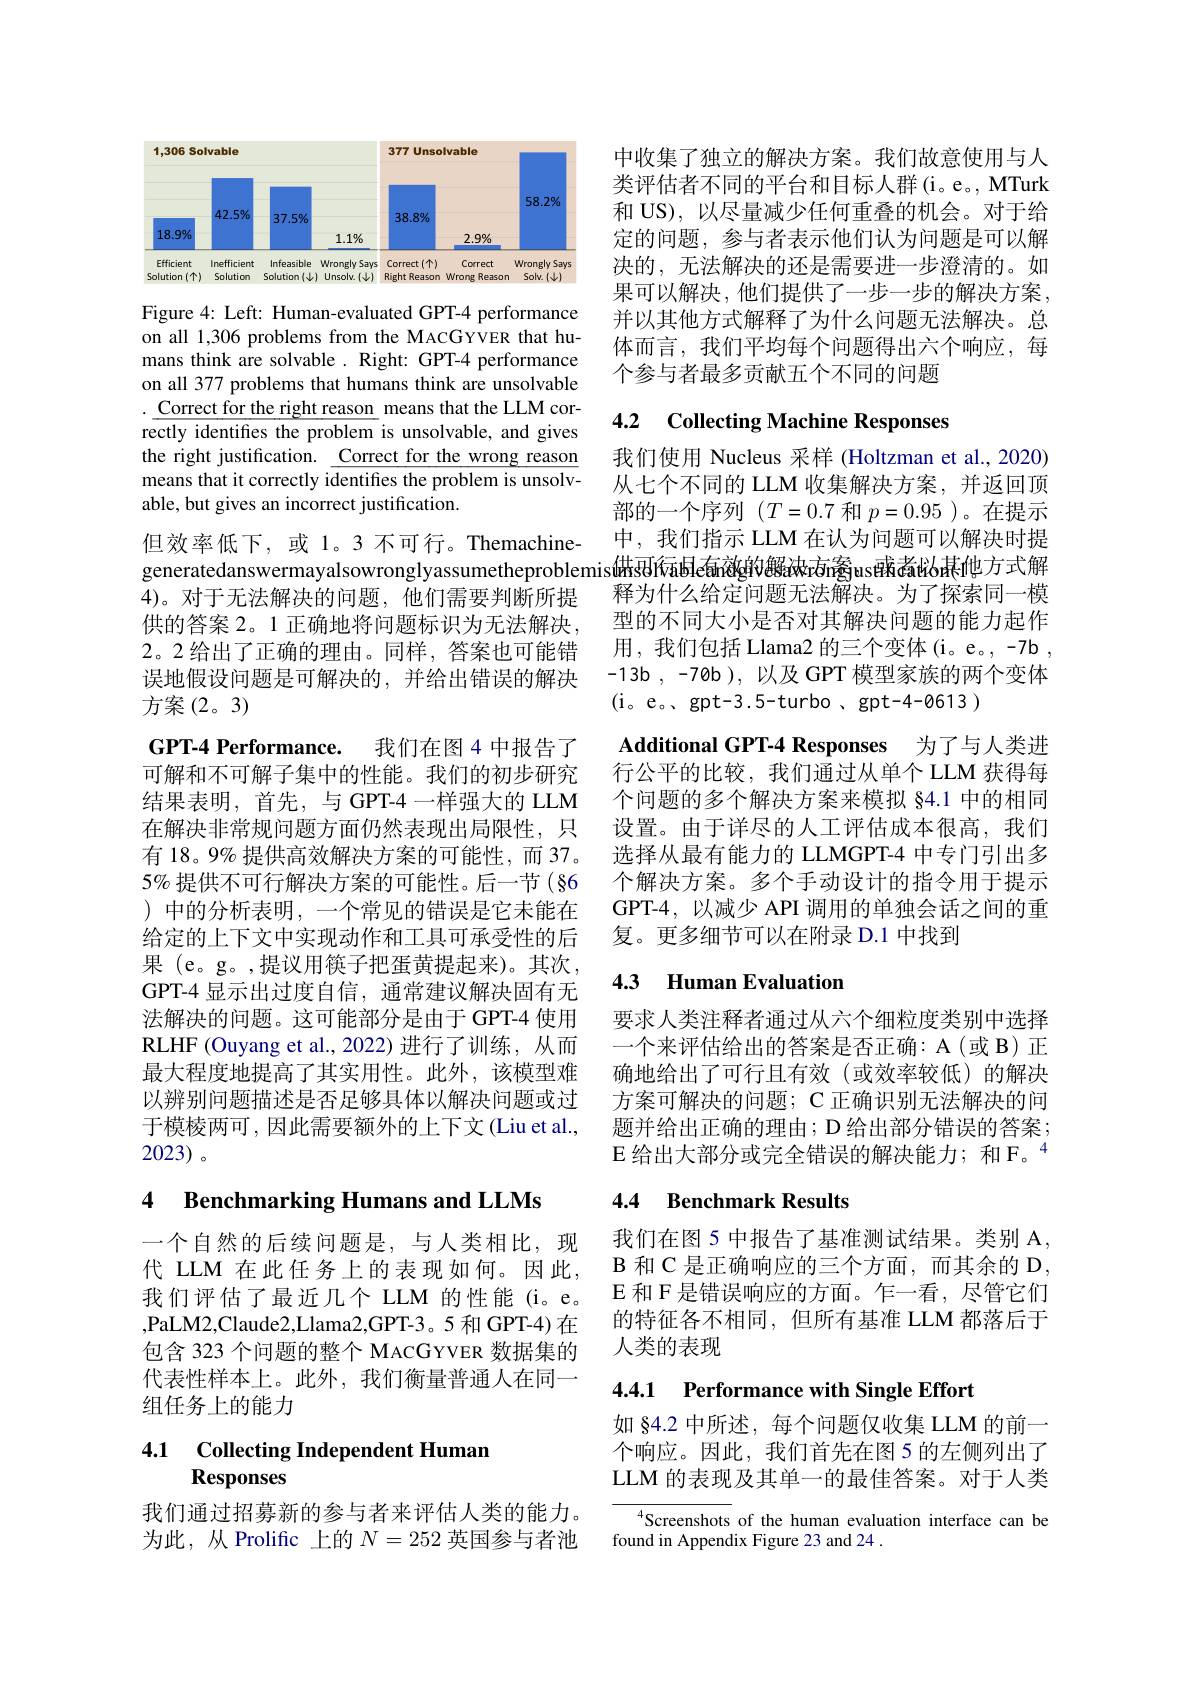
<FigureHere>

Figure 4: Left: Human-evaluated GPT-4 performance on all 1,306 problems from the MACGYVER that humans think are solvable. Right: GPT-4 performance on all 377 problems that humans think are unsolvable $.\underline{\text{Correct for the right reason }}$means that the LLM correctly identifies the problem is unsolvable, and gives the right justification. $\underline{\text{Correct for the wrong reason}}$ means that it correctly identifies the problem is unsolvable, but gives an incorrect justification

但效率低下，或1。3 不可行。Themachine- 4)。对于无法解决的问题，他们需要判断所提供的答案 2。1 正确地将问题标识为无法解决， 2。2 给出了正确的理由。同样，答案也可能错误地假设问题是可解决的，并给出错误的解决方案(2。3)
GPT-4 Performance. 我们在图 4 中报告了可解和不可解子集中的性能。我们的初步研究结果表明，首先，与 GPT-4 一样强大的 LLM 在解决非常规问题方面仍然表现出局限性，只有 18。9% 提供高效解决方案的可能性，而 37。$5\%$提供不可行解决方案的可能性。后一节(§6 )中的分析表明，一个常见的错误是它未能在给定的上下文中实现动作和工具可承受性的后果 (e。g。,提议用筷子把蛋黄提起来)。其次， GPT-4 显示出过度自信，通常建议解决固有无法解决的问题。这可能部分是由于 GPT-4 使用RLHF (Ouyang et al., 2022) 进行了训练，从而最大程度地提高了其实用性。此外，该模型难以辨别问题描述是否足够具体以解决问题或过于模棱两可，因此需要额外的上下文(Liu et al., 2023)。

# 4 Benchmarking Humans and LLMs

一个自然的后续问题是，与人类相比，现代 LLM 在此任务上的表现如何。因此， 我们评估了最近几个 LLM 的性能(i。e。,PaLM2,Claude2,Llama2,GPT-3。5 和 GPT-4) 在包含 323 个问题的整个 MACGYVER 数据集的代表性样本上。此外，我们衡量普通人在同一组任务上的能力

### 4.1 Collecting Independent Humar Responses

我们通过招募新的参与者来评估人类的能力。为此，从 Prolific 上的$N=252$英国参与者池

中收集了独立的解决方案。我们故意使用与人类评估者不同的平台和目标人群(i。e。, MTurk 和 US), 以尽量减少任何重叠的机会。对于给定的问题，参与者表示他们认为问题是可以解决的，无法解决的还是需要进一步澄清的。如果可以解决，他们提供了一步一步的解决方案， 并以其他方式解释了为什么问题无法解决。总体而言，我们平均每个问题得出六个响应，每个参与者最多贡献五个不同的问题

## 4.2 $\textbf{Collecting Machine Responses}$

我们使用 Nucleus 采样 (Holtzman et al., 2020) 从七个不同的 LLM 收集解决方案，并返回顶部的一个序列$(T=0.7$和$p=0.95$ )。在提示中，我们指示 LLM 在认为问题可以解决时提
generatedanswermayalsowronglyassumetheproblemis做雨低he葡液g的颶油rān쥴us眩煮悩黇他方式解
释为什么给定问题无法解决。为了探索同一模型的不同大小是否对其解决问题的能力起作用，我们包括 Llama2 的三个变体 (i。e。,-7b , $- 13b$ , $- 70b$ ), 以及 GPT 模型家族的两个变体(i。e。、gpt-3.5-turbo、gpt-4-0613)
Additional GPT-4 Responses 为了与人类进行公平的比较，我们通过从单个 LLM 获得每个问题的多个解决方案来模拟 §4.1 中的相同设置。由于详尽的人工评估成本很高，我们选择从最有能力的 LLMGPT-4 中专门引出多个解决方案。多个手动设计的指令用于提示GPT-4,以减少 API 调用的单独会话之间的重复。更多细节可以在附录 D.1 中找到

## 4.3 Human Evaluation

要求人类注释者通过从六个细粒度类别中选择一个来评估给出的答案是否正确：A(或 B) 正确地给出了可行且有效(或效率较低)的解决方案可解决的问题；C 正确识别无法解决的问题并给出正确的理由；D 给出部分错误的答案； E 给出大部分或完全错误的解决能力；和F。$^{4}$

## 4.4 Benchmark Results

我们在图 5 中报告了基准测试结果。类别 A, $\operatorname{B}$和 C 是正确响应的三个方面，而其余的 D, E 和 F 是错误响应的方面。乍一看，尽管它们的特征各不相同，但所有基准 LLM 都落后于人类的表现

4.4.1 Performance with Single Effort

如 §4.2 中所述，每个问题仅收集 LLM 的前一个响应。因此，我们首先在图 5 的左侧列出了LLM 的表现及其单一的最佳答案。对于人类

Screenshots of the human evaluation interface can be
found in Appendix Figure 23 and 24 .